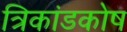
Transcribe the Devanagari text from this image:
त्रिकांडकोष